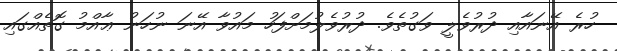
ހުރެ އޭނައާއި ދުރުވެލީ ވަގުތެވެ. ދުރުވެލުމަށްފަހު މައުވާ އޭނަ ނުހަނު ޢާއްމު ގޮތެއްގައި